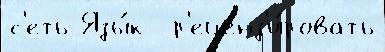
с'еть Язы́к  р'еценз'и́ровать